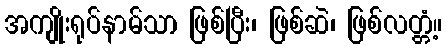
အကျိုးရုပ်နာမ်သာ ဖြစ်ပြီး၊ ဖြစ်ဆဲ၊ ဖြစ်လတ္တံ့။